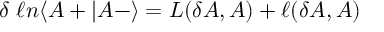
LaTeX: \delta \ \ell n \langle A + \vert A - \rangle = L ( \delta A , A ) + \ell ( \delta A , A )